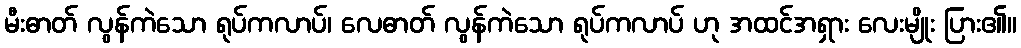
မီးဓာတ် လွန်ကဲသော ရုပ်ကလာပ်၊ လေဓာတ် လွန်ကဲသော ရုပ်ကလာပ် ဟု အထင်အရှား လေးမျိုး ပြား၏။